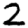
Digit: 2